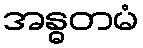
အန္ဓတမံ